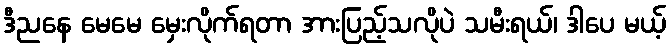
ဒီညနေ မေမေ မှေးလိုက်ရတာ အားပြည့်သလိုပဲ သမီးရယ်၊ ဒါပေ မယ့်